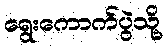
ရွေးကောက်ပွဲသို့